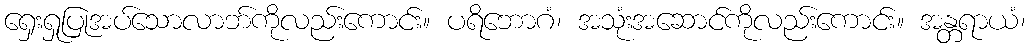
ရှေးရှုပြုအပ်သောလာဘ်ကိုလည်းကောင်း။ ပရိဘောဂံ၊ အသုံးအဆောင်ကိုလည်းကောင်း။ အန္တရာယံ၊